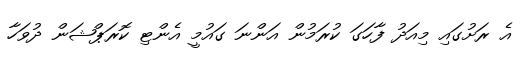
އެ ރަށުގައި މިއަދު ފާހަގަ ކުރަމުން އަންނަ ގައުމީ އެންޓި ކޮރަޕްޝަން ދުވަހާ